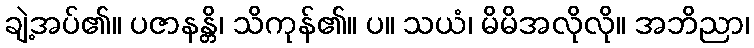
ချဲ့အပ်၏။ ပဇာနန္တိ၊ သိကုန်၏။ ပ။ သယံ၊ မိမိအလိုလို။ အဘိညာ၊